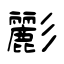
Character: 彲